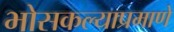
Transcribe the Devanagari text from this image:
भोसकल्याप्रमाणे